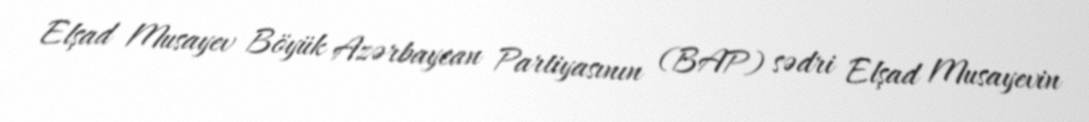
Elşad Musayev Böyük Azərbaycan Partiyasının (BAP) sədri Elşad Musayevin